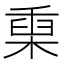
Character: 𣖄